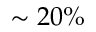
\sim 2 0 \%